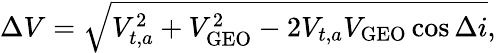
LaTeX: \Delta V={\sqrt{V_{t,a}^{2}+V_{\mathrm{GEO}}^{2}-2V_{t,a}V_{\mathrm{GEO}}\cos\Delta i}},